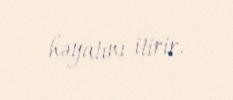
həyatını itirir.